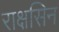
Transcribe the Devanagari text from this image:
राक्षसिन